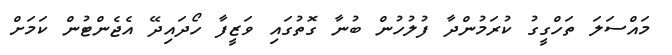
މައްސަލަ ތަހްގީގު ކުރަމުންދާ ފުލުހުން ބުނާ ގޮތުގައި ވަޒީފާ ހޯދައިދޭ އެޖެންޓުން ކަމަށް